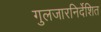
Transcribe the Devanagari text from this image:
गुलजारनिर्देशित